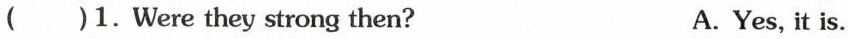
( )1.Were they strong then? A.Yes,it is.